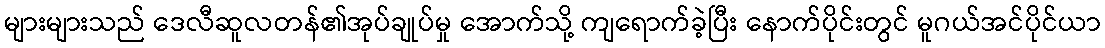
များများသည် ဒေလီဆူလတန်၏အုပ်ချုပ်မှု အောက်သို့ ကျရောက်ခဲ့ပြီး နောက်ပိုင်းတွင် မူဂယ်အင်ပိုင်ယာ